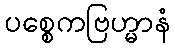
ပစ္စေကဗြဟ္မာနံ